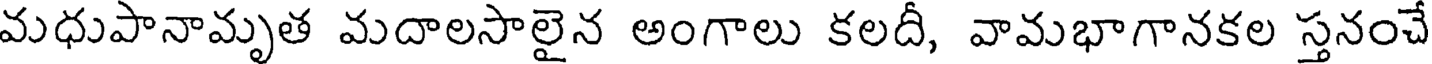
మధుపానామృత మదాలసాలైన అంగాలు కలదీ, వామభాగానకల స్తనంచే